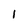
Character: l